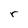
Character: r